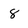
Character: 8